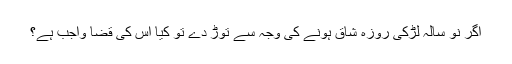
اگر نو سالہ لڑکی روزہ شاق ہونے کی وجہ سے توڑ دے تو کیا اس کی قضا واجب ہے؟